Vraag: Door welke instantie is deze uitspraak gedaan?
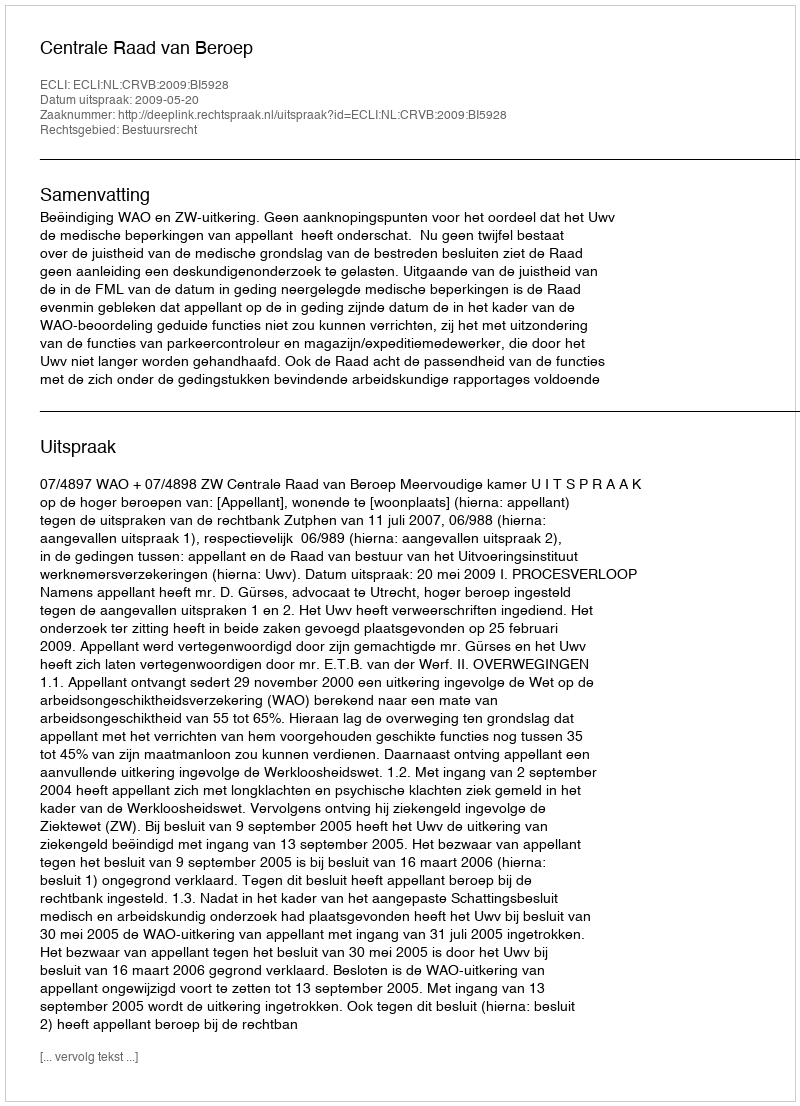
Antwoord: Centrale Raad van Beroep